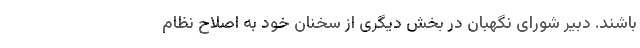
باشند. دبیر شورای نگهبان در بخش دیگری از سخنان خود به اصلاح نظام